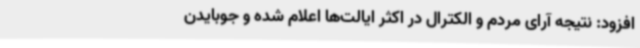
افزود: نتیجه آرای مردم و الکترال در اکثر ایالت‌ها اعلام شده و جوبایدن